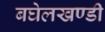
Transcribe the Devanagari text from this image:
बघेलखण्डी